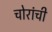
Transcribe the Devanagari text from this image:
चोरांची